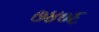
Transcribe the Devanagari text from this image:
७४०६